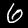
Digit: 6